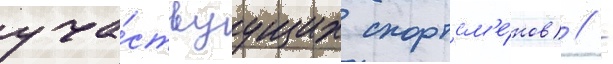
уча́ствуущих спортсм'е́нов) / -